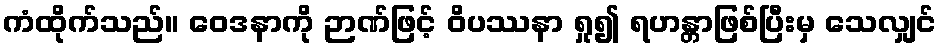
ကံထိုက်သည်။ ဝေဒနာကို ဉာဏ်ဖြင့် ဝိပဿနာ ရှု၍ ရဟန္တာဖြစ်ပြီးမှ သေလျှင်